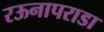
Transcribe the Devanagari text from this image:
रऊनापराडा